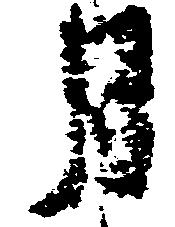
月